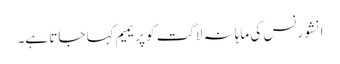
انشورنس کی ماہانہ لاگت کو پریمیم کہا جاتا ہے۔